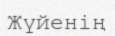
Жүйенің